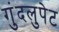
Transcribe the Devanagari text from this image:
गुंदलुपेट